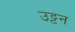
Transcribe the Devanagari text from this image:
उट्टन